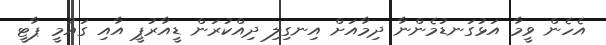
އެހެން ވީމާ އަޅުގަނޑުމެންނާ ދިމާއަށް އިނގިލި ދިއްކުރަން ޑީއާރުޕީ އާއި ގައުމީ ޕާޓީ